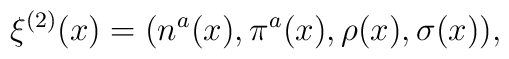
\xi^{(2)}(x)=(n^{a}(x),\pi^{a}(x),\rho(x),\sigma(x)),